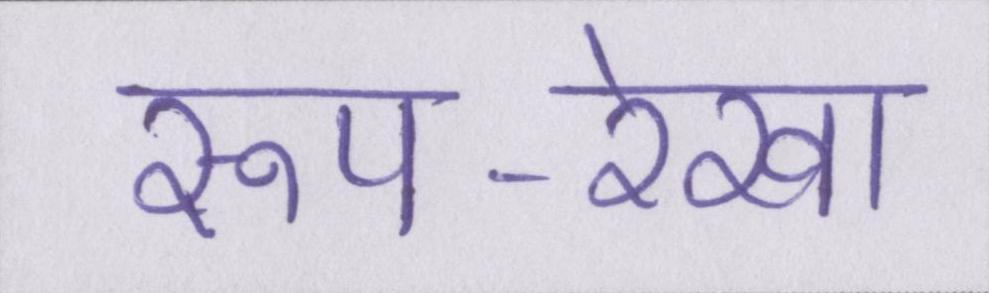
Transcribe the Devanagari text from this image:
रूप-रेखा